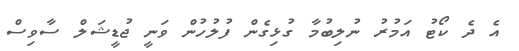
އެ ދެ ކޯޓު އަމުރު ނުލިބުމާ ގުޅިގެން ފުލުހުން ވަނީ ޖުޑީޝަލް ސާވިސް